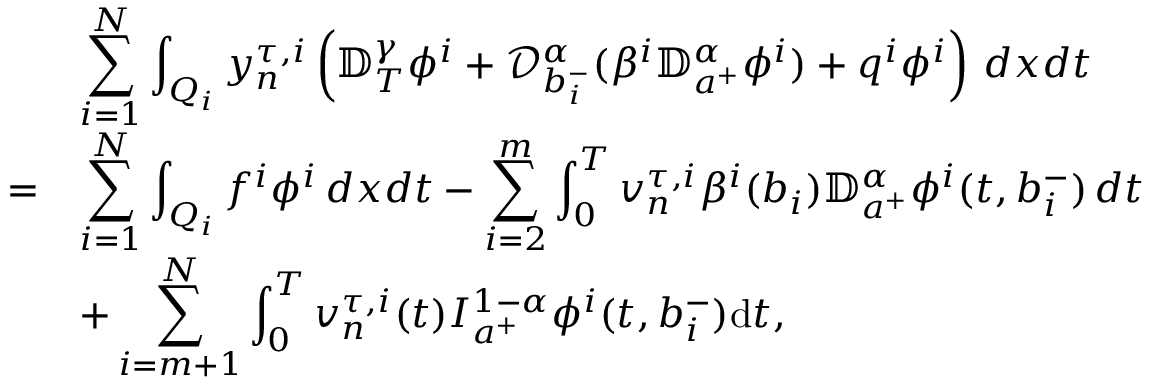
\begin{array} { l l } & { \displaystyle \sum _ { i = 1 } ^ { N } \displaystyle \int _ { Q _ { i } } y _ { n } ^ { \tau , i } \left( { \mathbb D } _ { T } ^ { \gamma } \phi ^ { i } + { \mathcal D } _ { b _ { i } ^ { - } } ^ { \alpha } ( \beta ^ { i } { \mathbb D } _ { a ^ { + } } ^ { \alpha } \phi ^ { i } ) + q ^ { i } \phi ^ { i } \right) \, d x d t } \\ { = } & { \displaystyle \sum _ { i = 1 } ^ { N } \int _ { Q _ { i } } f ^ { i } \phi ^ { i } \, d x d t - \sum _ { i = 2 } ^ { m } \int _ { 0 } ^ { T } v _ { n } ^ { \tau , i } \beta ^ { i } ( b _ { i } ) { \mathbb D } _ { a ^ { + } } ^ { \alpha } \phi ^ { i } ( t , b _ { i } ^ { - } ) \, d t } \\ & { \displaystyle + \sum _ { i = m + 1 } ^ { N } \int _ { 0 } ^ { T } v _ { n } ^ { \tau , i } ( t ) I _ { a ^ { + } } ^ { 1 - \alpha } \phi ^ { i } ( t , b _ { i } ^ { - } ) \mathrm { d } t , } \end{array}